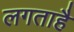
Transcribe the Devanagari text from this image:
लगताहै